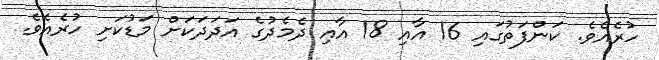
ހުރެއެވެ. ކަންފަތުގައި 16 އާއި 18 އާއި ދެމެދުގެ އަދަދަކަށް މަޑުކަށި ހުރެއެވެ.